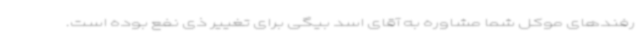
رفندهای موکل شما مشاوره به آقای اسد بیگی برای تغییر ذی نفع بوده است.